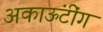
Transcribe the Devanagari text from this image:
अकाऊंटींग